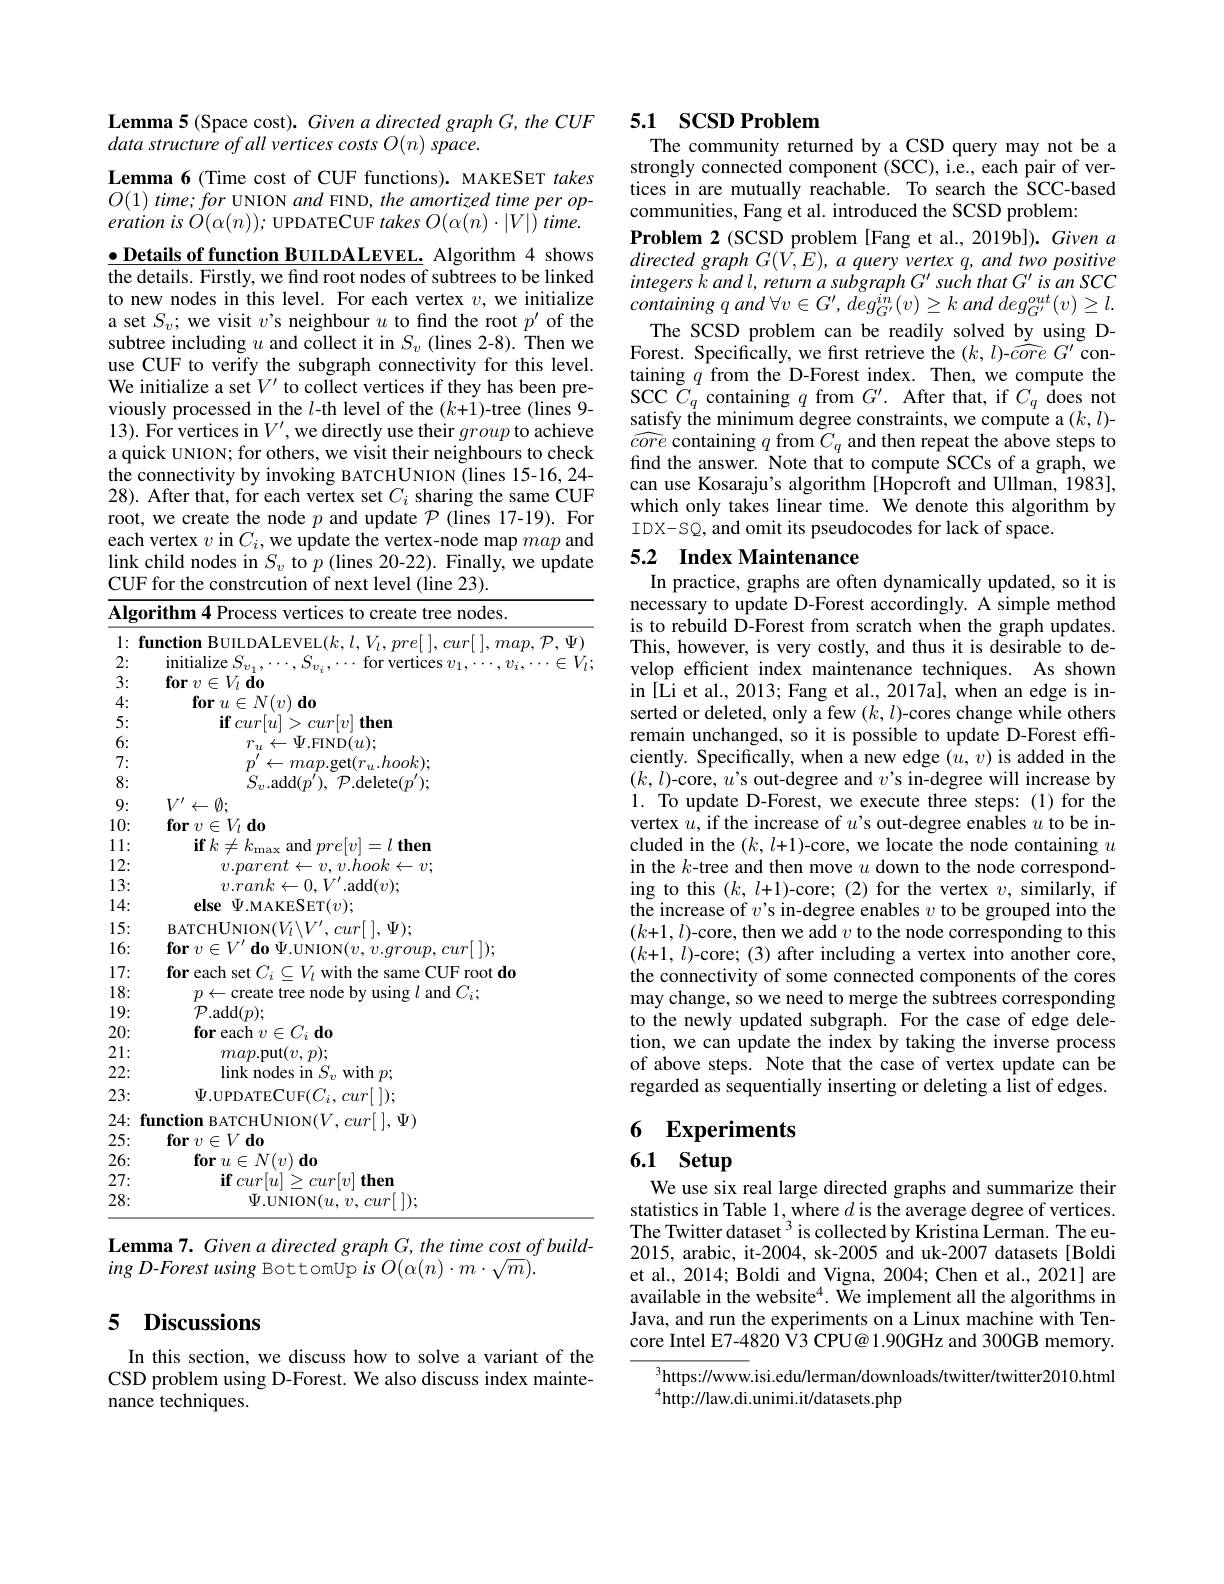
Lemma 5 (Space cost). Given
data structure of all vertices costs O(n) space.

Lemma 6 (Time cost of CUF functions). MAKESET takes $O(1)$ time; for UNION and FIND, the amortized time per operation is $\dot{O}(\alpha(n));$ UPDATECUF takes $O(\alpha(n)\cdot|V|)$ time. $\underline{\bullet\text{ Details of function BUILDALEVEL.}}$ Algorithm 4 shows the details. Firstly, we fin to new nodes in this level. For each vertex $v$, we initialize a set $S_v;$ we visit $v$'s subtree including $u$ and collect it in $S_v$ (lines 2-8). Then we use CUF to verify the subgraph connectivity for this level. We initialize a set $V^\prime$ to collect vertices if they has been previously processed in the $l$-th level of the $(k+1)$-tree (lines 9- 13). For vertices in $V^\prime$, a quick UNION; for others, we visit their neighbours to check the connectivity by invoking BATCHUNION (lines 15-16, 24- 28). After that, for each vertex set $C_i$ sharing the same CUF root, we create the node $p$ and update $\mathcal{P}$ (lines 17-19). For each vertex $v$ in $C_i$,we update the vertex-node map and link child nodes in $S_v$ to $p$ (lines 20-22). Finally, we update CUF for the constrcution of

Algorithm 4 Process vertices to create tree nodes.
$1: \textbf{function BUILDALEVEL}( k, l, V_{l}, pre[$ $] , cur[$ $] , map$, $\mathcal{P} , \Psi )$
2:
initialize $S_{v_1},\cdots,S_{v_i},\cdots$ for vertices $v_1,\cdots,v_i,\cdots\in V_l;$
3:
$\textbf{for}v\in V_{l}$ do
4:
$\textbf{for}u\in N( v) \textbf{do}$
5:
$\mathbf{if}cur[u]>cur[v]$ then
6:
$r_{u}\leftarrow\Psi$.FIND$(u);$
7:
$p^{\prime}\leftarrow map.$get$(r_u.hook);$
8:
$S_{v}.$add$(p^{\prime}),~\mathcal{P}.$d
$V^{\prime}\leftarrow\emptyset;$
9: 10:
for $v\in V_l$ do
11:
$\textbf{if}k\neq k_{\mathrm{max}}$and$pre[ v] = l\textbf{then}$
12:
$v.parent\leftarrow v,v.hook\leftarrow v;$
13:
$\bar{v.rank}\leftarrow0,V^{\prime}.$add$(v);$
14:
else $\Psi$.MAKESET$(v);$
15:
BATCHUNION$( V_l\backslash V^{\prime }, cur[$ ], $\Psi ) ;$
16:
$\mathbf{for}$ $v\in V^{\prime }$ $\mathbf{do}$ $\Psi . \dot{\mathrm{UNION}} ( v, v. group, cur[$ ]);
17:
for each set $C_i\subseteq V_l$ with the same CUF root do
18:
$p\leftarrow$create tree node by using $l$ and $C_i;$
$\mathcal{P}.$add$(p);$
19: 20:
for each $v\in C_i\textbf{ do}$
21:
$map.\operatorname*{put}(v,p);$
22:
link nodes in $S_v$ with $p;$
23:
$\Psi.$UPDATECUF$( C_i, cur[$ ]);
24: function BATCHUNION($V, cur[$ ], $\Psi )$
25:
$\textbf{for}v\in V$do
26:
$\textbf{for}$ $u\in N( v) \textbf{do}$
27:
$\textbf{if}cur[ u] \geq cur[ v]$then
28:
$\Psi . \bar{\mathrm{UNION}} ( u, v, cur[$ ]);
Lemma 7. Given a directed graph G, the time cost of build-

ing D-Forest using BottomUp is $O(\alpha(n)\cdot m\cdot\sqrt{m}).$

## 5 Discussions

In this section, we discuss how to solve a variant of the CSD problem using D-Forest. We also discuss index maintenance techniques.

## 5.1 SCSD Problem The community returned by a

strongly connected component tices in are mutually reachable. To search the SCC-based communities, Fang et al. introduced the SCSD problem
Problem 2 (SCSD problem [Fang et al., 2019b]). Given a directed graph $G( \hat{V} , E) $, $a$ query vertex $q$, and two positive $integers k and l, return a subgraph G' such that G' is an SCC$ containing $q$ and $\forall v\in G^{\prime }$, $deg_{G^{\prime }}^{in}( v) \geq k$ and $deg_{G^{\prime }}^{out}( v) \geq l.$
The SCSD problem can be readily solved by using DForest. Specifically, we first retrieve the $(k,l)$-$\widehat{core}G^{\prime}$ containing $q$ from the D-Forest index. Then, we compute the SCC $C_q$ containing $q$ fro satisfy the minimum degree c $\widehat{core}$ containing $q$ fro find the answer. Note that to compute SCCs of a graph, we can use Kosaraju's algorithm [Hopcroft and Ullman, 1983], which only takes linear time. We denote this algorithm by IDX-SQ, and omit its pseudocodes for lack of space.
5.2 Index Maintenance

In practice, graphs are often dynamically updated, so it is necessary to update D-Forest accordingly. A simple method is to rebuild D-Forest from scratch when the graph updates. This, however, is very costly, and thus it is desirable to develop efficient index maintenance techniques. As shown in [Li et al., 2013; Fang et serted or deleted, only a fe ciently. Specifically, when a new edge $(u,v)$ is added in the $(k,l)$-core, $u’$s out-degree and $v’$s in-degree will increase by 1. To update D-Forest, we execute three steps: (1) for the vertex $u$, if the increase of $u’$s out-degree enables $u$ to be included in the $(k,l+1)$-core, we locate the node containing $u$ in the $k$-tree and then move $u$ down to the node corresponding to this $(k,l+1)$-core; (2) for the vertex $v$, similarly, if the increase of $v’$s in-degree enables $v$ to be grouped into the $(k+1,l)$-core, then we add $v$ to the node corresponding to this $(k+1,l)$-core; (3) after including a vertex into another core, the connectivity of some connected components of the cores may change, so we need to me to the newly updated subgraph. For the case of edge deletion, we can update the index by taking the inverse process of above steps. Note that the case of vertex update can be regarded as sequentially inserting or deleting a list of edges.

6 Experiments

# 6.1 Setup

We use six real large directed graphs and summarize their statistics in Table 1, where $d$ is the average degree of vertices. The Twitter dataset $^3$ is collected by Kristina Lerman. The eu- 2015, arabic, it-2004, sk-20 et al., 2014; Boldi and Vigna, 2004; Chen et al., 2021] are available in the website$^{4}.$ We implement all the algorithms in Java, and run the experiments on a Linux machine with Tencore Intel E7-4820 $\hat{\text{V3 CP}}$

$^3$https://www.isi.edu/lerman/downloads/twitter/twitter2010.html
$^{4}{\mathrm{http://law.di.unimi.it/datasets.php}}$